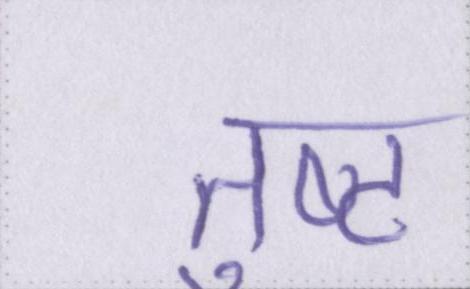
तुष्ट